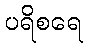
ပရိစရေ